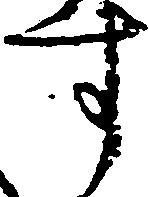
す